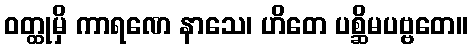
ဝတ္ထုမှိ ကာရဏေ နာသေ၊ ဟိတေ ပစ္ဆိမပဗ္ဗတေ။